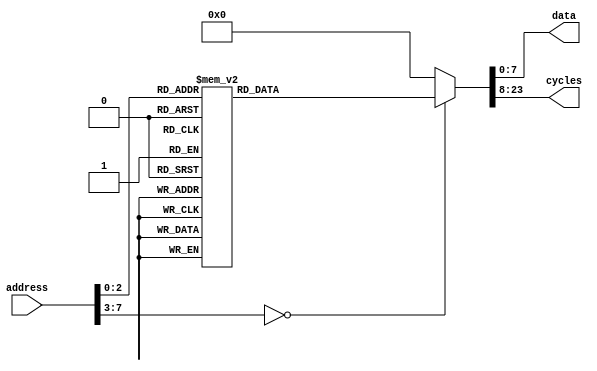
module hd44780_init(input [7:0] address,
                    output [7:0]  data,
                    output [15:0] cycles);
   reg [7:0]                     data;
   reg [15:0]                    cycles;

   always @ (address)
     begin
        case(address)
          8'h00:
            begin
               data <= 8'h30;
               cycles <= 16'd15000;
            end
          8'h01:
            begin
               data <= 8'h30;
               cycles <= 16'd5000;
            end
          8'h02:
            begin
               data <= 8'h30;
               cycles <= 16'd10000;
            end
          8'h03:
            begin
               data <= 8'h02;
               cycles <= 16'd2000;
            end
          8'h04:
            begin
               data <= 8'h38;
               cycles <= 16'd160;
            end
          8'h05:
            begin
               data <= 8'h0e;
               cycles <= 16'd160;
            end
          8'h06:
            begin
               data <= 8'h01;
               cycles <= 16'd160;
            end
          8'h07:
            begin
               data <= 8'h06;
               cycles <= 16'd160;
            end
          default:
            begin
               data <= 8'h00;
               cycles <= 16'h0000;
            end
        endcase // case (address)
     end
endmodule